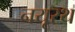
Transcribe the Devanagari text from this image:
नयूरथ